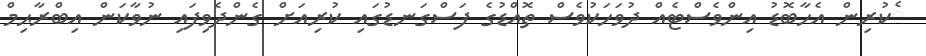
ެކުރިން އެހާބޮޑު އިންވެސްޓެއް ދުވަހަކުވެސް ތޮއްޑުގެ ފަސްގަނޑުގައި ކުރިއަށް ގެންދެވިފައި ނުވާކަން އިބްރާޙިމް